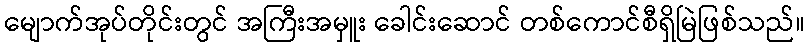
မျောက်အုပ်တိုင်းတွင် အကြီးအမှူး ခေါင်းဆောင် တစ်ကောင်စီရှိမြဲဖြစ်သည်။